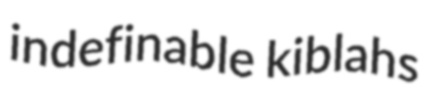
indefinable kiblahs